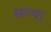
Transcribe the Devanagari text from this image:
नध्या